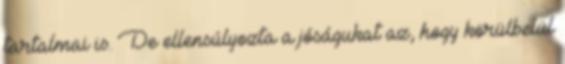
tartalmai is. De ellensúlyozta a jóságukat az, hogy körülbelül